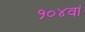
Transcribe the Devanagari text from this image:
१०४वां